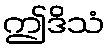
ဤဒိသံ